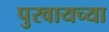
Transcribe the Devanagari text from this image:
पुरवायच्या